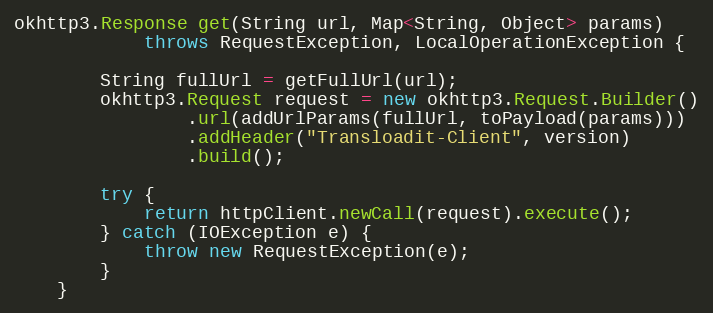
Language: Java
okhttp3.Response get(String url, Map<String, Object> params)
            throws RequestException, LocalOperationException {

        String fullUrl = getFullUrl(url);
        okhttp3.Request request = new okhttp3.Request.Builder()
                .url(addUrlParams(fullUrl, toPayload(params)))
                .addHeader("Transloadit-Client", version)
                .build();

        try {
            return httpClient.newCall(request).execute();
        } catch (IOException e) {
            throw new RequestException(e);
        }
    }